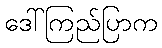
ဒေါ်ကြည်ပြာက